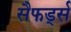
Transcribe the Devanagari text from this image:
सैफर्ड्स